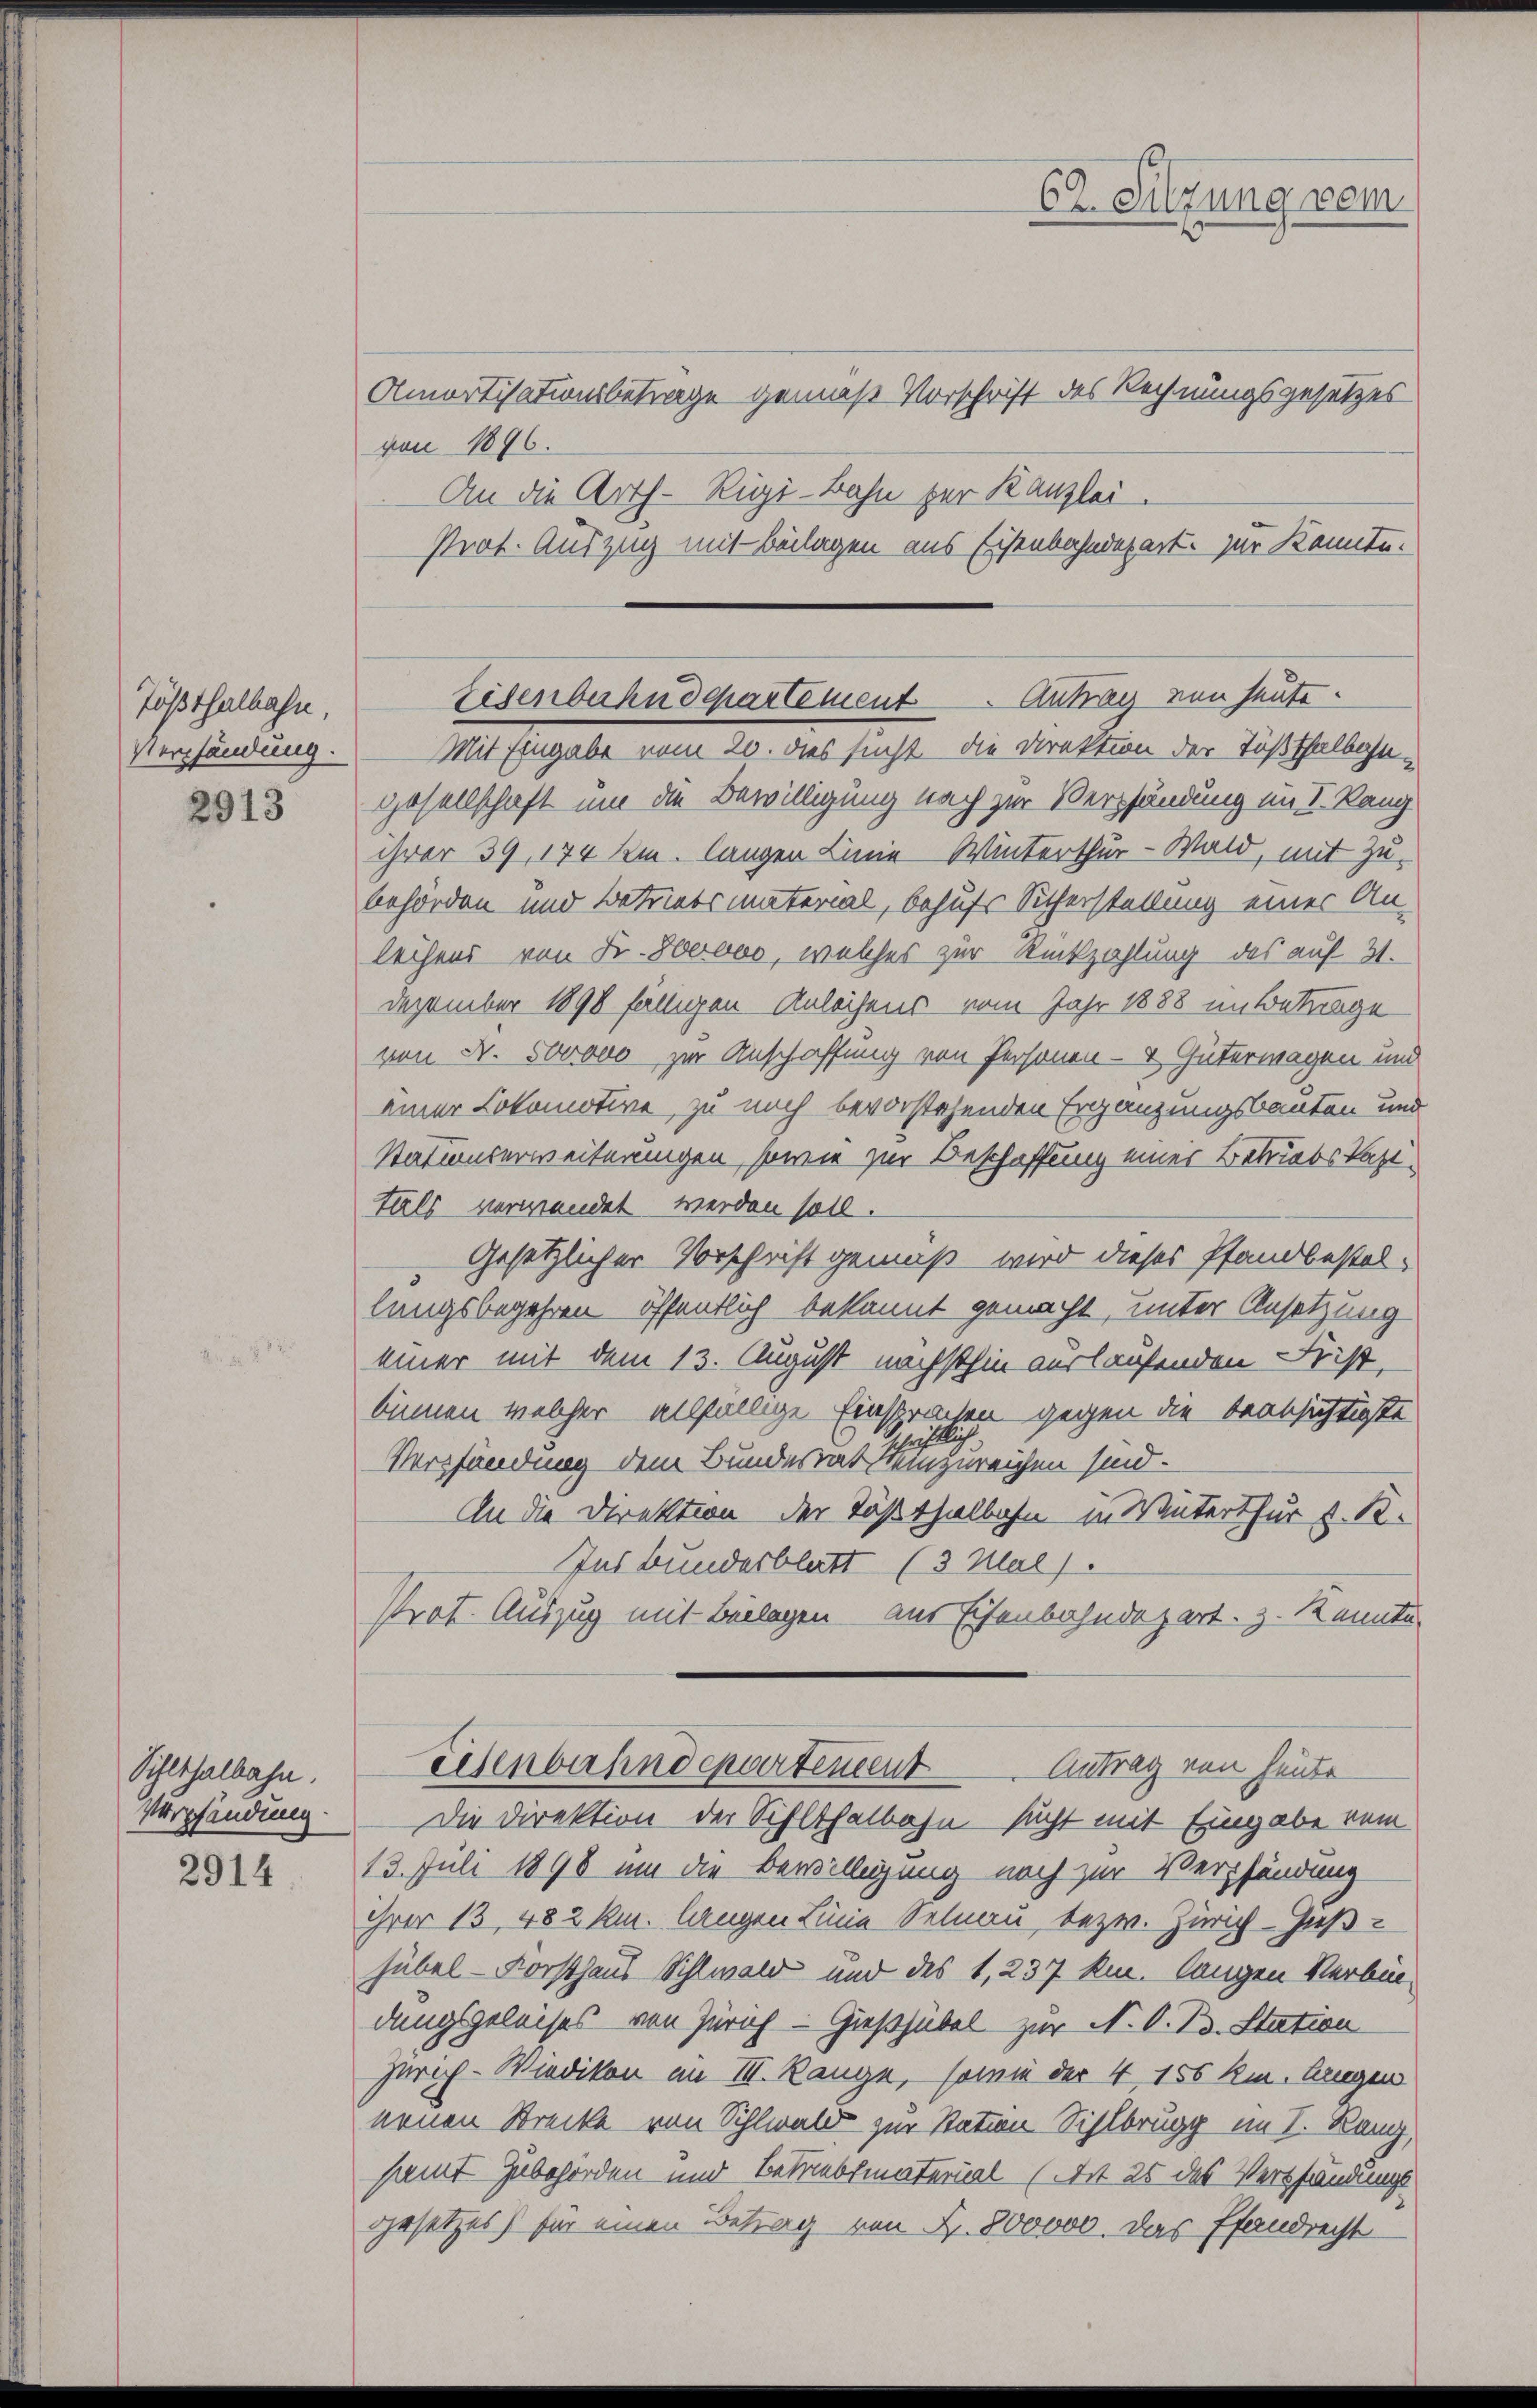
Tößthalbahn,
Verpfändung.
2913

Sihlthalbahn.
Verpfändung.

2914

von 1896.
An die Arth-Rigi-Bahn zur Kanzlei.
Prot. Auszug mit Beilagen aus Eisenbahndepart. zur konnte.

C. Sitzung vom
n
Amortisationsbetrage gemäß Vorschrift des Rechnungsgesetzes

Eisenbahndepartement. Antrag von heute.

Mit Eingabe vom 20. dies sucht die Direktion der Tößthalbahngesellschaft um die Bewilligung nach zur Verpfändung im I. Rang
ihrer 39, 170 km. langen Linie Winterthur–Wald, mit Zubehörden und betriebsmaterial, behufs Sicherstellung einer An-
leihens von Fr. 8oovo, welches zur Rückzahlung des auf 31.
Dezember 1898 fälligen Anleihens vom Jahr 1888 in Betrage
von Fr. 500000 zur Anschaffung von Personen- & Güterwagen und
einer Lokomotive, zu noch bevorstehenden Ergänzungsbauten und
Statumserweiterungen, sowie zur Beschaffung einer Betriebstatttals verwendet werden soll.
Gesetzlicher Vorschrift gemäß wird dieses Pfandbestellungsbegehren öffentlich bekannt gemacht, unter Ansetzung
einer mit dem 13. August nächsthin auslaufenden Frist,
binnen welcher allfällige Einsprachen gegen die beabsichtigte
istlich
Verpfändung dem Bundesrat einzureichen sind.
An die Direktion der Tößthalbahn in Winterthur v. K.
Ins Bundesblatt (3 Mal).
Prot. Auszug mit Beilagen aus Eisenbahndepart. z. Kennte.
Eisenbahndepartement Antrag von heute
Die Direktion der Sihlthalbahn sucht mit Eingabe vom
13. Juli 1898 um die Bewilligung noch zur Verpfändung
ihrer 13, 482 km. langen Linie Selnau, bezw. Zürich-Heßhübel - Forsthaus Sihlwald und des 1, 237 km. langen Verbindungsgeleises von Zürich - Gießhübel zur N. O. B. Station
Zürich-Wiedikon am III. Range, sowie der 4 156 km. langen
nenen Strecke von Sihlwald zur Station Sihlbrugg im I. Lang,
samt Zubehörden und Betrebtmaterial (Art 25 des Verpfändungsgesetzes für einen Betrag von Fr. 800000. Das Pfandrecht